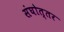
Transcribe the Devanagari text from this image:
संघोत्तर